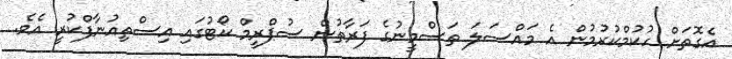
އެގޮތަށް ހުކުމްކުރުމުން އެ މައްސަލަ ތަސްމީނުގެ ފަރާތުން ސުޕްރީމް ކޯޓުގައި އިސްތިއުނާފްކުރީ އެވެ.